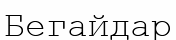
Бегайдар